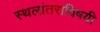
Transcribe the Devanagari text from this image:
स्थलांतराविषयी